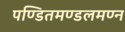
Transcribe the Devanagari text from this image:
पण्डितमण्डलमण्न